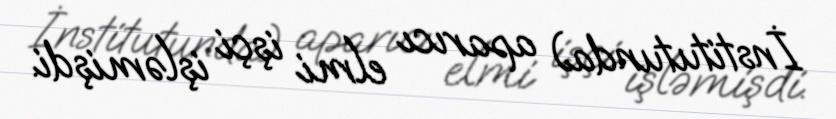
İnstitutunda) aparıcı elmi işçi işləmişdi.